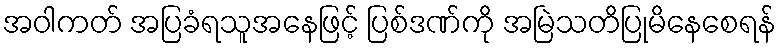
အဝါကတ် အပြခံရသူအနေဖြင့် ပြစ်ဒဏ်ကို အမြဲသတိပြုမိနေစေရန်